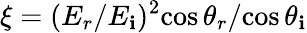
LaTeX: \xi={(E_{r}/E_{\mathbf{i}})^{2}}{\cos\theta_{r}}/{\cos\theta_{\mathbf{i}}}